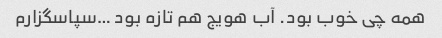
همه چی خوب بود. آب هویج هم تازه بود …سپاسگزارم